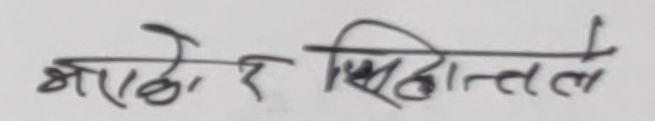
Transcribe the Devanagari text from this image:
भएको र सिद्धान्तले